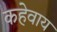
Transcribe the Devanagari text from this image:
कहेवाय